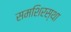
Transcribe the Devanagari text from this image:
समशिरस्था